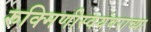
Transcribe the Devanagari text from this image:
रुक्मिणीस्वयंवराच्या